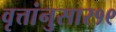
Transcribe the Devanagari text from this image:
वृत्तांनुसार१९